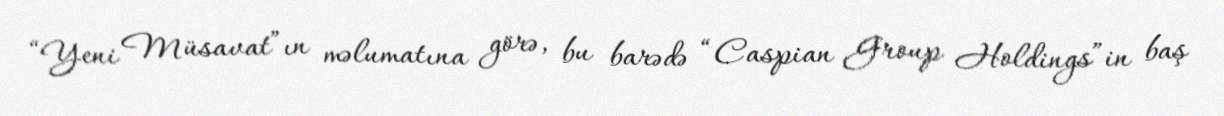
“Yeni Müsavat”ın məlumatına görə, bu barədə “Caspian Group Holdings”in baş